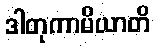
ဒါတုကာမိယာတိ